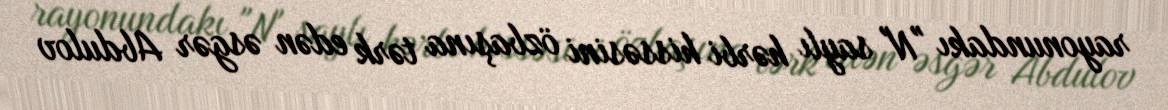
rayonundakı "N" saylı hərbi hissəsini özbaşına tərk edən əsgər Abdulov